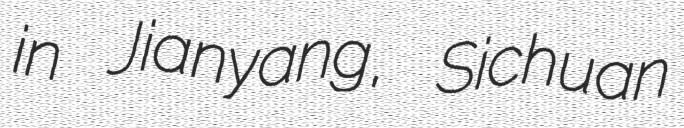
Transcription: in Jianyang, Sichuan